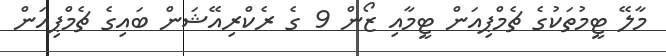
މާލޭ ޓީމުތަކުގެ ޗެމްޕިއަން ޓީމާއި ޒޯން 9 ގެ ރެކްރިއޭޝަން ބައިގެ ޗެމްޕިއަން